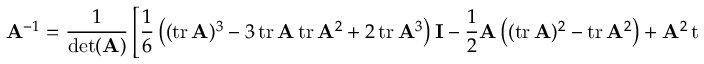
\mathbf { A } ^ { - 1 } = { \frac { 1 } { \operatorname* { d e t } ( \mathbf { A } ) } } \left[ { \frac { 1 } { 6 } } \left( ( \operatorname { t r } \mathbf { A } ) ^ { 3 } - 3 \operatorname { t r } \mathbf { A } \operatorname { t r } \mathbf { A } ^ { 2 } + 2 \operatorname { t r } \mathbf { A } ^ { 3 } \right) \mathbf { I } - { \frac { 1 } { 2 } } \mathbf { A } \left( ( \operatorname { t r } \mathbf { A } ) ^ { 2 } - \operatorname { t r } \mathbf { A } ^ { 2 } \right) + \mathbf { A } ^ { 2 } \operatorname { t r } \mathbf { A } - \mathbf { A } ^ { 3 } \right] .